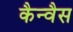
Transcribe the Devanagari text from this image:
कैन्वैस